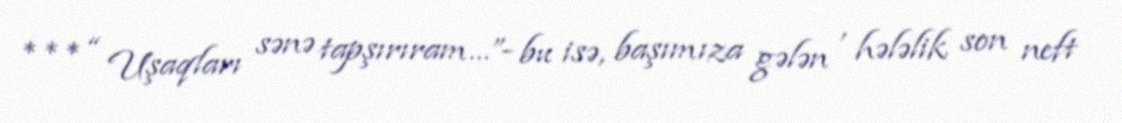
*** “ Uşaqları sənə tapşırıram…”- bu isə, başımıza gələn , hələlik son neft